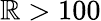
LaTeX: \mathbb{R}>100